画像に写った文字を読んでください
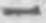
「一」と書いてあります